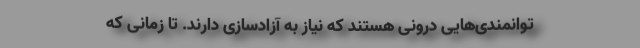
توانمندی‌هایی درونی هستند که نیاز به آزادسازی دارند. تا زمانی که